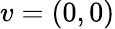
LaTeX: v=(0,0)